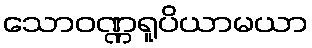
သောဝဏ္ဏရူပိယာမယာ